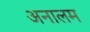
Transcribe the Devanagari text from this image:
अनालम